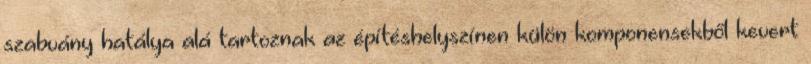
szabvány hatálya alá tartoznak az építéshelyszínen külön komponensekből kevert